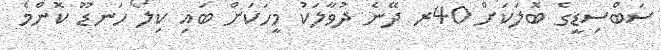
ސަބްސިޑީގެ ބޮލަކަށް 40ރ ދޭނެ ދުވާލަކު މީހަކަށް ބައި ކިލޯ ހަނޑޫ ކޮންމެ